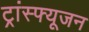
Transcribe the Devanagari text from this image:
ट्रांस्फ्यूजन